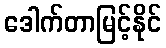
ဒေါက်တာမြင့်နိုင်